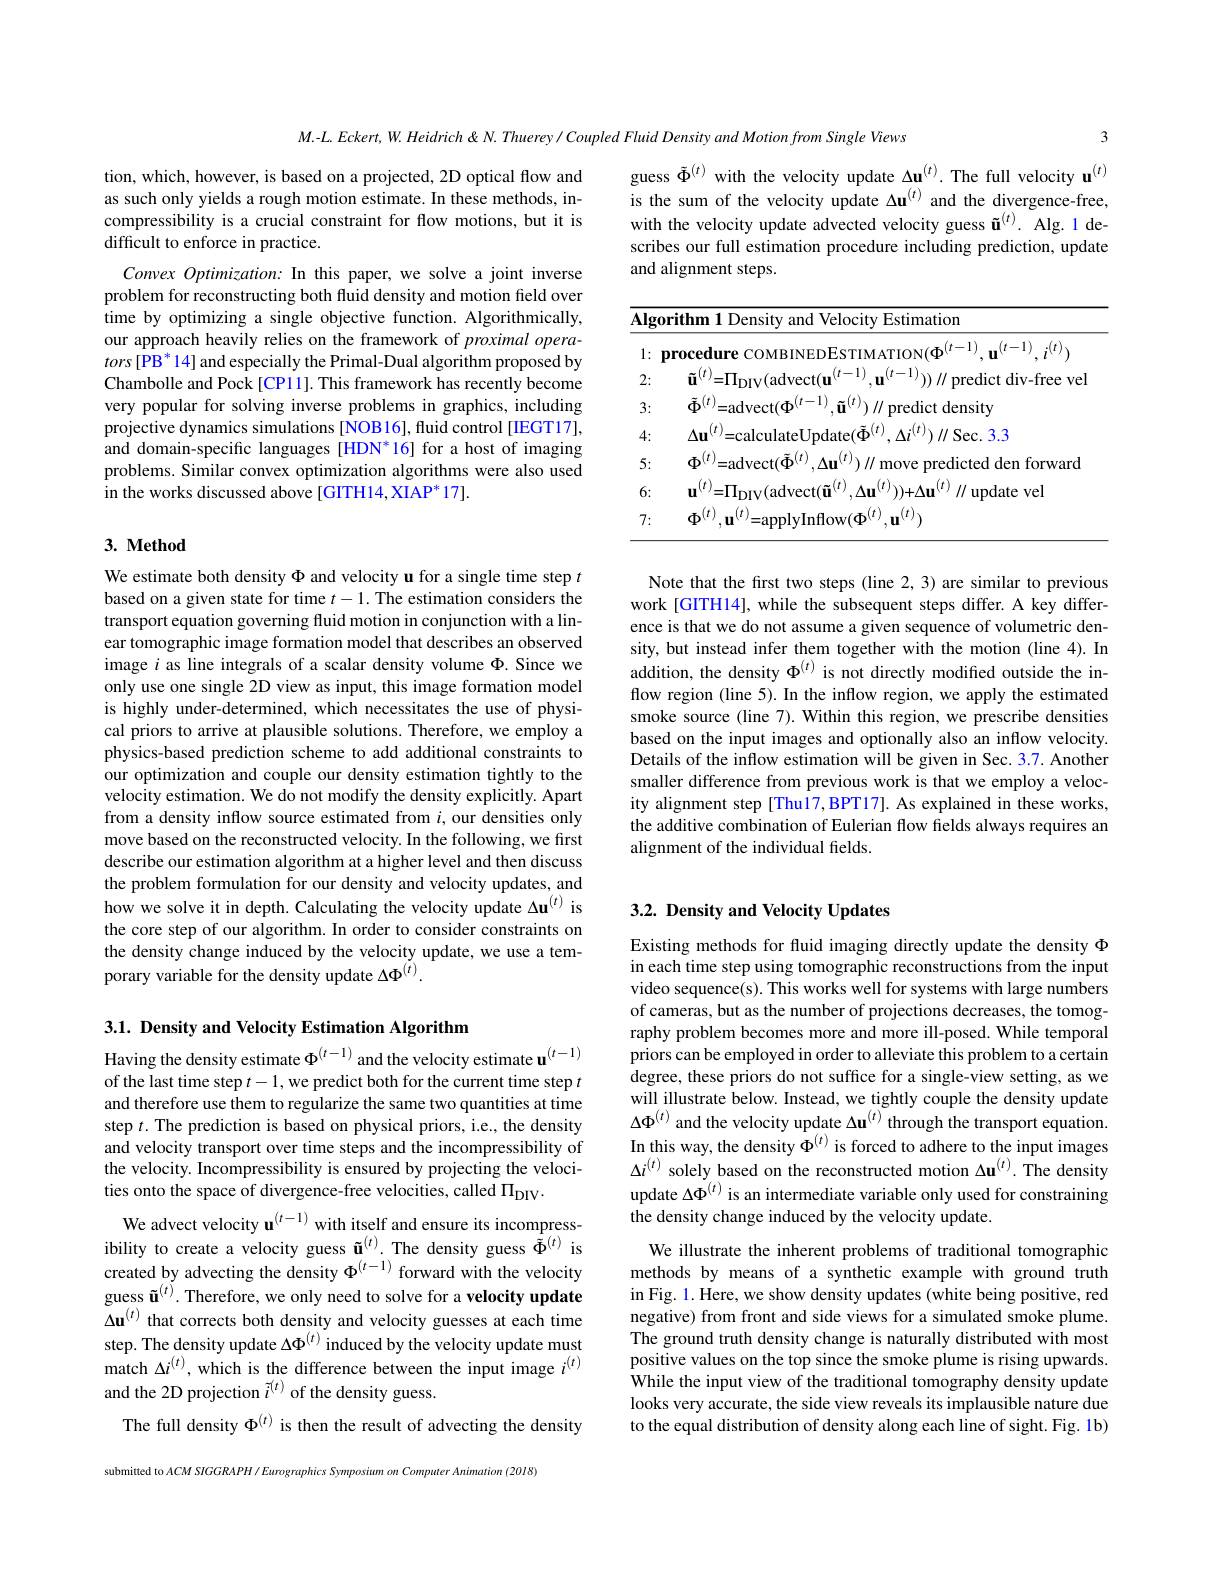
3

$M.-L.Eckert,W.Heidrich\&N.Thuerey/CoupledFluidDensityandMotionfromSingleViews$

tion, which, however, is based on a projected, 2D optical flow and as such only yields a rough motion estimate. In these methods, incompressibility is a crucial constraint for flow motions, but it is difficult to enforce in practice.

guess $\tilde{\Phi}^{(t)}$ with the velocity update $\Delta\mathbf{u}^{(t)}.$ The full velocity u$^{(t)}$ is the sum of the velocity update $\Delta\mathbf{u}^{(t)}$ and the divergence-free, with the velocity update advected velocity guess $\tilde{\mathbf{u}}^{(t)}.$ Alg. 1 describes our full estimation procedure including prediction, update and alignment steps.

Convex Optimization: In this paper, we solve a joint inverse problem for reconstructing both fluid density and motion field over time by optimizing a single objective function. Algorithmically, our approach heavily relies on the framework of proximal opera- $tors[\mathrm{PB}^*14]$ and especially the Primal-Dual algorithm proposed by Chambolle and Pock [CP11]. This framework has recently become very popular for solving inverse problems in graphics, including projective dynamics simulations [NOB16], fluid control [IEGT17], and domain-specific languages [HDN*16] for a host of imaging problems. Similar convex optimization algorithms were also used in the works discussed above [GITH14,XIAP*17].

<table>
	<tbody>
		<tr>
			<th>$\overline{\mathbf{Alge}}$</th>
			<th>$\mathbf{Al};$</th>
			<th>gorithm 1 Density and Velocity Estimation</th>
		</tr>
		<tr>
			<td>1: </td>
			<td>1</td>
			<td>$^{0},\mathbf{u}^{(t-1)},i^{(t)}$ procedure COMBINEDESTIMATION($\Phi^{|\tau-}$</td>
		</tr>
		<tr>
			<td>2:</td>
			<td>2</td>
			<td>$\tilde{\mathbf{u}}^{(t)}=\Pi_{\mathrm{DIV}}($advect$(\mathbf{u}^{(t-1)}$ $^{(1)})//$predict div-free ve</td>
		</tr>
		<tr>
			<td>3: 1</td>
			<td>3</td>
			<td>$\tilde{\Phi}^{(t)}=$advect$(\Phi^{(t-1)}$ $^{)},\mathbf{\tilde{u}}^{(t)})\parallel$predict density</td>
		</tr>
		<tr>
			<td>4:</td>
			<td>4.</td>
			<td>$A:(T)$ $\Lambda_{11}^{[l]}$ =calcu ${\textbf{和}}(l)$ Nec 3.2</td>
		</tr>
		<tr>
			<td>5:</td>
			<td>5</td>
			<td>$\Phi^{(t)}=$advect$(\tilde{\Phi}^{(t)},\Delta\mathbf{u}^{(t)})\|$move predicted den forward</td>
		</tr>
		<tr>
			<td>6:</td>
			<td>6</td>
			<td>$\mathbf{u}^{(t)}=\Pi_{\mathrm{DIV}}($advect$(\mathbf{\tilde{u}}^{(t)},\Delta\mathbf{u}^{(t)}))+\Delta\mathbf{u}^{(t)}\|$update vel</td>
		</tr>
		<tr>
			<td>7:</td>
			<td>7:</td>
			<td>$\Phi ^{( t) }$ $\mathbf{u} ^{( t) }$ lvInffow( $\Phi ^{( t) }$, $\mathbf{u} ^{( t) }$) ar</td>
		</tr>
	</tbody>
</table>

### $3. \textbf{Method}$

Note that the first two steps (line 2,3) are similar to previous work [GITH14], while the subsequent steps differ. A key difference is that we do not assume a given sequence of volumetric density, but instead infer them together with the motion (line 4). In addition, the density $\Phi^{(t)}$ is not directly modified outside the inflow region (line 5). In the inflow region, we apply the estimated smoke source (line 7). Within this region, we prescribe densities based on the input images and optionally also an inflow velocity. Details of the inflow estimation will be given in Sec. 3.7. Another smaller difference from previous work is that we employ a velocity alignment step [Thu17,BPT17]. As explained in these works, the additive combination of Eulerian flow fields always requires an alignment of the individual fields.

We estimate both density $\Phi$ and velocity u for a single time step $t$ based on a given state for time $t-1.$ The estimation considers the transport equation governing fluid motion in conjunction with a linear tomographic image formation model that describes an observed image $i$ as line integrals of a scalar density volume $\Phi.$ Since we only use one single 2D view as input, this image formation model is highly under-determined, which necessitates the use of physical priors to arrive at plausible solutions. Therefore, we employ a physics-based prediction scheme to add additional constraints to our optimization and couple our density estimation tightly to the velocity estimation. We do not modify the density explicitly. Apart from a density inflow source estimated from $i$, our densities only move based on the reconstructed velocity. In the following, we first describe our estimation algorithm at a higher level and then discuss the problem formulation for our density and velocity updates, and how we solve it in depth. Calculating the velocity update $\Delta\mathbf{u}^{(t)}$ is the core step of our algorithm. In order to consider constraints on the density change induced by the velocity update, we use a temporary variable for the density update $\Delta\Phi^{(t)}.$

## 3.2. Density and Velocity Updates

3.1. Density and Velocity Estimation Algorithm

Existing methods for fluid imaging directly update the density $\Phi$ in each time step using tomographic reconstructions from the input video sequence(s). This works well for systems with large numbers of cameras, but as the number of projections decreases, the tomography problem becomes more and more ill-posed. While temporal priors can be employed in order to alleviate this problem to a certain degree, these priors do not suffice for a single-view setting, as we will illustrate below. Instead, we tightly couple the density update $\Delta\Phi^{(t)}$ and the velocity update $\Delta\mathbf{u}^{(t)}$through the transport equation. In this way, the density $\Phi^{(t)}$ is forced to adhere to the input images $\Delta i^{(t)}$ solely based on the reconstructed motion $\Delta\mathbf{u}^{(t)}.$ The density update $\Delta\Phi^{(t)}$ is an intermediate variable only used for constraining the density change induced by the velocity update.
We illustrate the inherent problems of traditional tomographic methods by means of a synthetic example with ground truth in Fig. 1. Here, we show density updates (white being positive, red negative) from front and side views for a simulated smoke plume. The ground truth density change is naturally distributed with most positive values on the top since the smoke plume is rising upwards While the input view of the traditional tomography density update looks very accurate, the side view reveals its implausible nature due to the equal distribution of density along each line of sight. Fig. 1b)

Having the density estimate $\Phi^{(t-1)}$ and the velocity estimate u$^{(t-1)}$ of the last time step $t-1$,we predict both for the current time step $t$ and therefore use them to regularize the same two quantities at time step $t.$ The prediction is based on physical priors, i.e., the density and velocity transport over time steps and the incompressibility of the velocity. Incompressibility is ensured by projecting the velocities onto the space of divergence-free velocities, called $\Pi_\mathrm{DIV}.$
We advect velocity u$^{(t-1)}$ with itself and ensure its incompressibility to create a velocity guess $\tilde{\mathbf{u}}^{(t)}.$The density guess $\tilde{\tilde{\Phi}}^{(t)}$ is created by advecting the density $\Phi^{(t-1)}$ forward with the velocity guess $\tilde{\mathbf{u}}^{(t)}.$ Therefore, we only need to solve for a velocity update $\Delta\mathbf{u}^{(t)}$ that corrects both density and velocity guesses at each time step. The density update $\Delta\Phi^{(t)}$ induced by the velocity update must match $\Delta i^{(t)}$, which is the difference between the input image $i^{(t)}$ and the 2D projection $\tilde{i}^{(t)}$ of the density guess.
The full density $\Phi^{(t)}$ is then the result of advecting the density

submitted to $ACM$ SIGGRAPH / Eurographics Symposium on Computer Animation (2018)